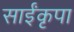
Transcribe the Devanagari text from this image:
साईंकृपा